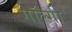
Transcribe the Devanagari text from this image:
गॉल्गी